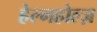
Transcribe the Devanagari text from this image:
हेल्महोल्ज़